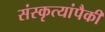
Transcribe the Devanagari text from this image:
संस्कृत्यांपैकी